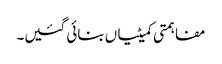
مفاہمتی کمیٹیاں بنائی گئیں۔